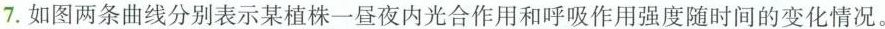
7.如图两条曲线分别表示某植株一昼夜内光合作用和呼吸作用强度随时间的变化情况。